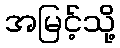
အမြင့်သို့